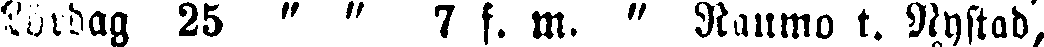
Lördag 25 " " 7 f. m. " Raumo t. Nystad,